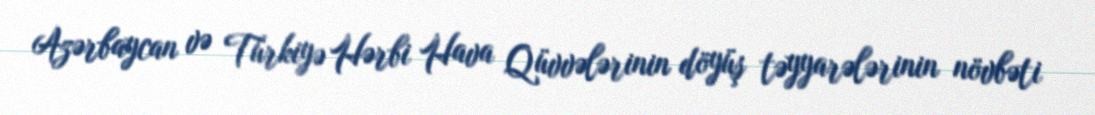
Azərbaycan və Türkiyə Hərbi Hava Qüvvələrinin döyüş təyyarələrinin növbəti